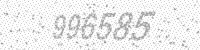
Solution: 996585